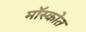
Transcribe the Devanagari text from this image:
मॉस्कोत